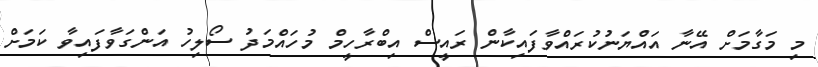
މި މަގާމަށް އޭނާ އައްޔަނުކުރައްވާފައިކާން ރައީސް އިބްރާހީމް މުހައްމަދު ސޯލިހު އަންގަވާފައިވާ ކަމަށް